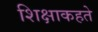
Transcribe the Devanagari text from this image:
शिक्षाकहते